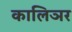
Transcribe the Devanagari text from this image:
कालिञर